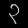
Digit: ၃